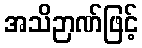
အသိဉာဏ်ဖြင့်